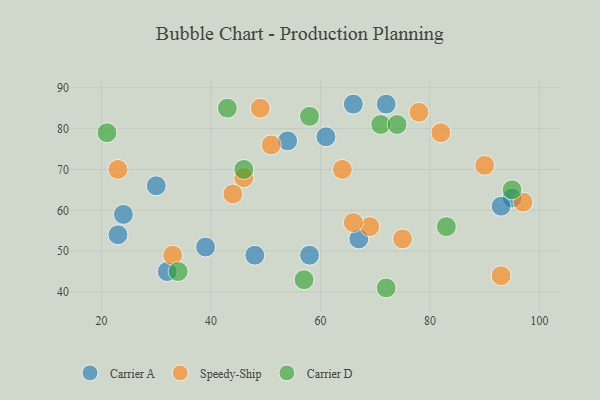
{"axis": {"x": "GDP", "y": "Life Expectancy"}, "legend": ["Carrier A", "Carrier D", "Speedy-Ship"], "data": [{"x": "95", "y": 63, "type": "Carrier A"}, {"x": "54", "y": 77, "type": "Carrier A"}, {"x": "67", "y": 53, "type": "Carrier A"}, {"x": "66", "y": 86, "type": "Carrier A"}, {"x": "23", "y": 54, "type": "Carrier A"}, {"x": "58", "y": 49, "type": "Carrier A"}, {"x": "39", "y": 51, "type": "Carrier A"}, {"x": "93", "y": 61, "type": "Carrier A"}, {"x": "48", "y": 49, "type": "Carrier A"}, {"x": "24", "y": 59, "type": "Carrier A"}, {"x": "32", "y": 45, "type": "Carrier A"}, {"x": "72", "y": 86, "type": "Carrier A"}, {"x": "61", "y": 78, "type": "Carrier A"}, {"x": "30", "y": 66, "type": "Carrier A"}, {"x": "90", "y": 71, "type": "Speedy-Ship"}, {"x": "44", "y": 64, "type": "Speedy-Ship"}, {"x": "49", "y": 85, "type": "Speedy-Ship"}, {"x": "75", "y": 53, "type": "Speedy-Ship"}, {"x": "78", "y": 84, "type": "Speedy-Ship"}, {"x": "69", "y": 56, "type": "Speedy-Ship"}, {"x": "66", "y": 57, "type": "Speedy-Ship"}, {"x": "93", "y": 44, "type": "Speedy-Ship"}, {"x": "33", "y": 49, "type": "Speedy-Ship"}, {"x": "82", "y": 79, "type": "Speedy-Ship"}, {"x": "64", "y": 70, "type": "Speedy-Ship"}, {"x": "46", "y": 68, "type": "Speedy-Ship"}, {"x": "23", "y": 70, "type": "Speedy-Ship"}, {"x": "51", "y": 76, "type": "Speedy-Ship"}, {"x": "97", "y": 62, "type": "Speedy-Ship"}, {"x": "83", "y": 56, "type": "Carrier D"}, {"x": "58", "y": 83, "type": "Carrier D"}, {"x": "21", "y": 79, "type": "Carrier D"}, {"x": "34", "y": 45, "type": "Carrier D"}, {"x": "71", "y": 81, "type": "Carrier D"}, {"x": "57", "y": 43, "type": "Carrier D"}, {"x": "43", "y": 85, "type": "Carrier D"}, {"x": "95", "y": 65, "type": "Carrier D"}, {"x": "72", "y": 41, "type": "Carrier D"}, {"x": "46", "y": 70, "type": "Carrier D"}, {"x": "74", "y": 81, "type": "Carrier D"}]}